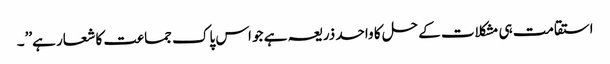
استقامت ہی مشکلات کے حل کا واحد ذریعہ ہے جو اس پاک جماعت کا شعار ہے’’۔